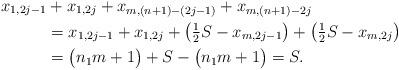
LaTeX: \begin{align*}x_{1,2j-1} &+ x_{1,2j} + x_{m,(n+1)-(2j-1)} + x_{m,(n+1)-2j} \\&= x_{1,2j-1} + x_{1,2j} + \bigl( \tfrac{1}{2} S - x_{m,2j-1} \bigr) + \bigl( \tfrac{1}{2} S - x_{m,2j} \bigr) \\&= \bigl( n_1 m +1 \bigr) + S - \bigl( n_1 m +1 \bigr) =S.\end{align*}